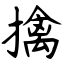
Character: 擒